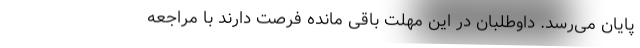
پایان می‌رسد. داوطلبان در این مهلت باقی مانده فرصت دارند با مراجعه